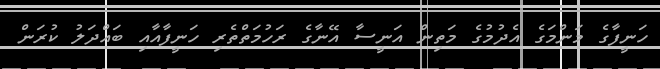
ހަނީފާގެ މަންމަގެ އެދުމުގެ މަތިން އަނީސާ އޭނާގެ ރަހުމަތްތެރި ހަނީފާއާއި ބައްދަލު ކުރަން